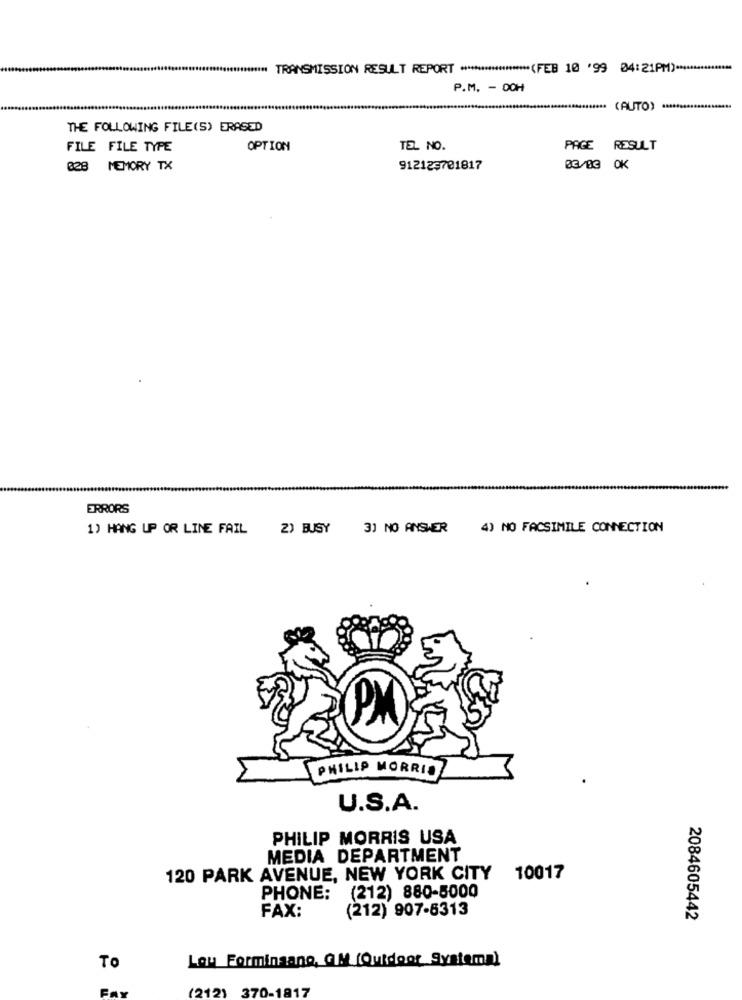
TRANSMISSION RESULT REPORT ******************* (FEB 10 '99 04:21PM) **************
P.M. - DOH
**** (AUTO) ...................
THE FOLLOWING FILE(S) ERASED
FILE FILE TYPE
OPTION
TEL NO.
PAGE RESULT
828 MEMORY TX
912123781817
03/03 OK
ERRORS
1) HANG UP OR LINE FAIL
2) BUSY
3] NO ANSWER
4) NO FACSIMILE CONNECTION
PM
PHILIP MORRIS
U.S.A.
PHILIP MORRIS USA
MEDIA DEPARTMENT
120 PARK AVENUE, NEW YORK CITY
10017
(212) 880-5000
PHONE:
(212) 907-6313
FAX:
2084605442
Lou Formingano, GM (Quidoor Systema)
To
(212) 370-1817
Fax